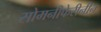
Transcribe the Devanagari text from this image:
सोमनीफेरीनीन